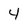
Character: 4